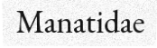
Manatidae